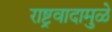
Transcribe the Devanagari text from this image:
राष्ट्रवादामुळे